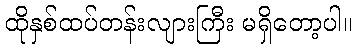
ထိုနှစ်ထပ်တန်းလျားကြီး မရှိတော့ပါ။